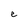
Character: e